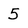
Character: 5